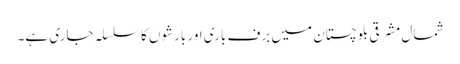
شمال مشرقی بلوچستان میں برف باری اور بارشوں کا سلسلہ جاری ہے۔